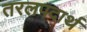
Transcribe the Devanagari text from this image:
तरलपदार्थ